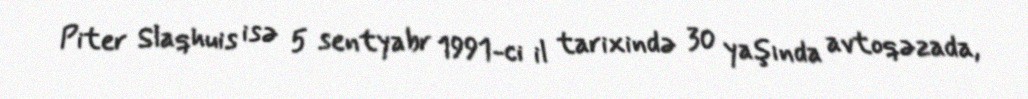
Piter Slaqhuis isə 5 sentyabr 1991-ci il tarixində 30 yaşında avtoqəzada,